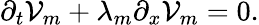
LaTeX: \partial_{t}\mathcal{V}_{m}+\lambda_{m}\partial_{x}\mathcal{V}_{m}=0.